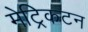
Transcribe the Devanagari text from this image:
मेट्रिकटन